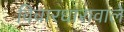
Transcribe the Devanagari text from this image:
विचारधारावाले